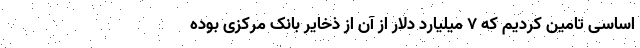
اساسی تامین کردیم که ۷ میلیارد دلار از آن از ذخایر بانک مرکزی بوده